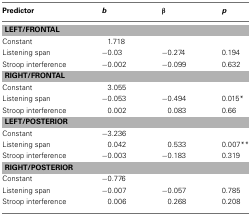
<table><thead><tr><td><b>Predictor</b></td><td><b><i>b</i></b></td><td><b>β</b></td><td><b><i>p</i></b></td></tr></thead><tbody><tr><td colspan="4"><b>LEFT/FRONTAL</b></td></tr><tr><td>Constant</td><td>1.718</td><td></td><td></td></tr><tr><td>Listening span</td><td>−0.03</td><td>−0.274</td><td>0.194</td></tr><tr><td>Stroop interference</td><td>−0.002</td><td>−0.099</td><td>0.632</td></tr><tr><td colspan="4"><b>RIGHT/FRONTAL</b></td></tr><tr><td>Constant</td><td>3.055</td><td></td><td></td></tr><tr><td>Listening span</td><td>−0.053</td><td>−0.494</td><td>0.015*</td></tr><tr><td>Stroop interference</td><td>0.002</td><td>0.083</td><td>0.66</td></tr><tr><td colspan="4"><b>LEFT/POSTERIOR</b></td></tr><tr><td>Constant</td><td>−3.236</td><td></td><td></td></tr><tr><td>Listening span</td><td>0.042</td><td>0.533</td><td>0.007**</td></tr><tr><td>Stroop interference</td><td>−0.003</td><td>−0.183</td><td>0.319</td></tr><tr><td colspan="4"><b>RIGHT/POSTERIOR</b></td></tr><tr><td>Constant</td><td>−0.776</td><td></td><td></td></tr><tr><td>Listening span</td><td>−0.007</td><td>−0.057</td><td>0.785</td></tr><tr><td>Stroop interference</td><td>0.006</td><td>0.268</td><td>0.208</td></tr></tbody></table>